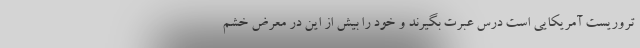
تروریست آمریکایی است درس عبرت بگیرند و خود را بیش از این در معرض خشم